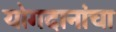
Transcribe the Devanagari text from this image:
योगदानांचा